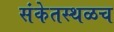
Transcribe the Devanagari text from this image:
संकेतस्थळच